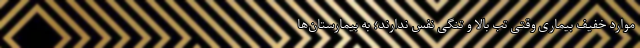
موارد خفیف بیماری وقتی تب بالا و تنگی نفس ندارند؛ به بیمارستان‌ها